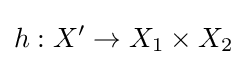
h:X'\to X_{1}\times X_{2}